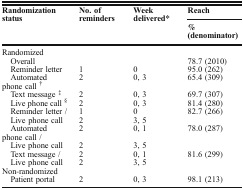
| <ROWSPAN=2> Randomization status | <ROWSPAN=2> No. of reminders | <ROWSPAN=2> Week delivered* | Reach |
 | % (denominator) |
 | --- | --- | --- | --- |
 | <COLSPAN=4> Randomized |
 | Overall |  |  | 78.7 (2010) |
 | Reminder letter | 1 | 0 | 95.0 (262) |
 | Automated phone call † | 2 | 0, 3 | 65.4 (309) |
 | Text message ‡ | 2 | 0, 3 | 69.7 (307) |
 | Live phone call § | 2 | 0, 3 | 81.4 (280) |
 | Reminder letter / | 1 | 0 | <ROWSPAN=2> 82.7 (266) |
 | Live phone call | 2 | 3, 5 |
 | Automated phone call / | 2 | 0, 1 | <ROWSPAN=2> 78.0 (287) |
 | Live phone call | 2 | 3, 5 |
 | Text message / | 2 | 0, 1 | <ROWSPAN=2> 81.6 (299) |
 | Live phone call | 2 | 3, 5 |
 | <COLSPAN=4> Non-randomized |
 | Patient portal | 2 | 0, 3 | 98.1 (213) |